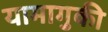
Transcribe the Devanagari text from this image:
यामागुकी